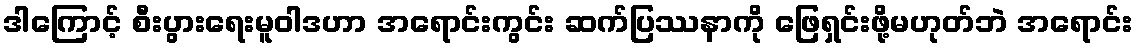
ဒါကြောင့် စီးပွားရေးမူဝါဒဟာ အရောင်းကွင်း ဆက်ပြဿနာကို ဖြေရှင်းဖို့မဟုတ်ဘဲ အရောင်း